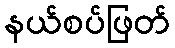
နယ်စပ်ဖြတ်